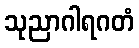
သုညာဂါရဂတံ